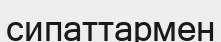
сипаттармен